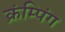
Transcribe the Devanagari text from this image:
क्रंम्पिंग